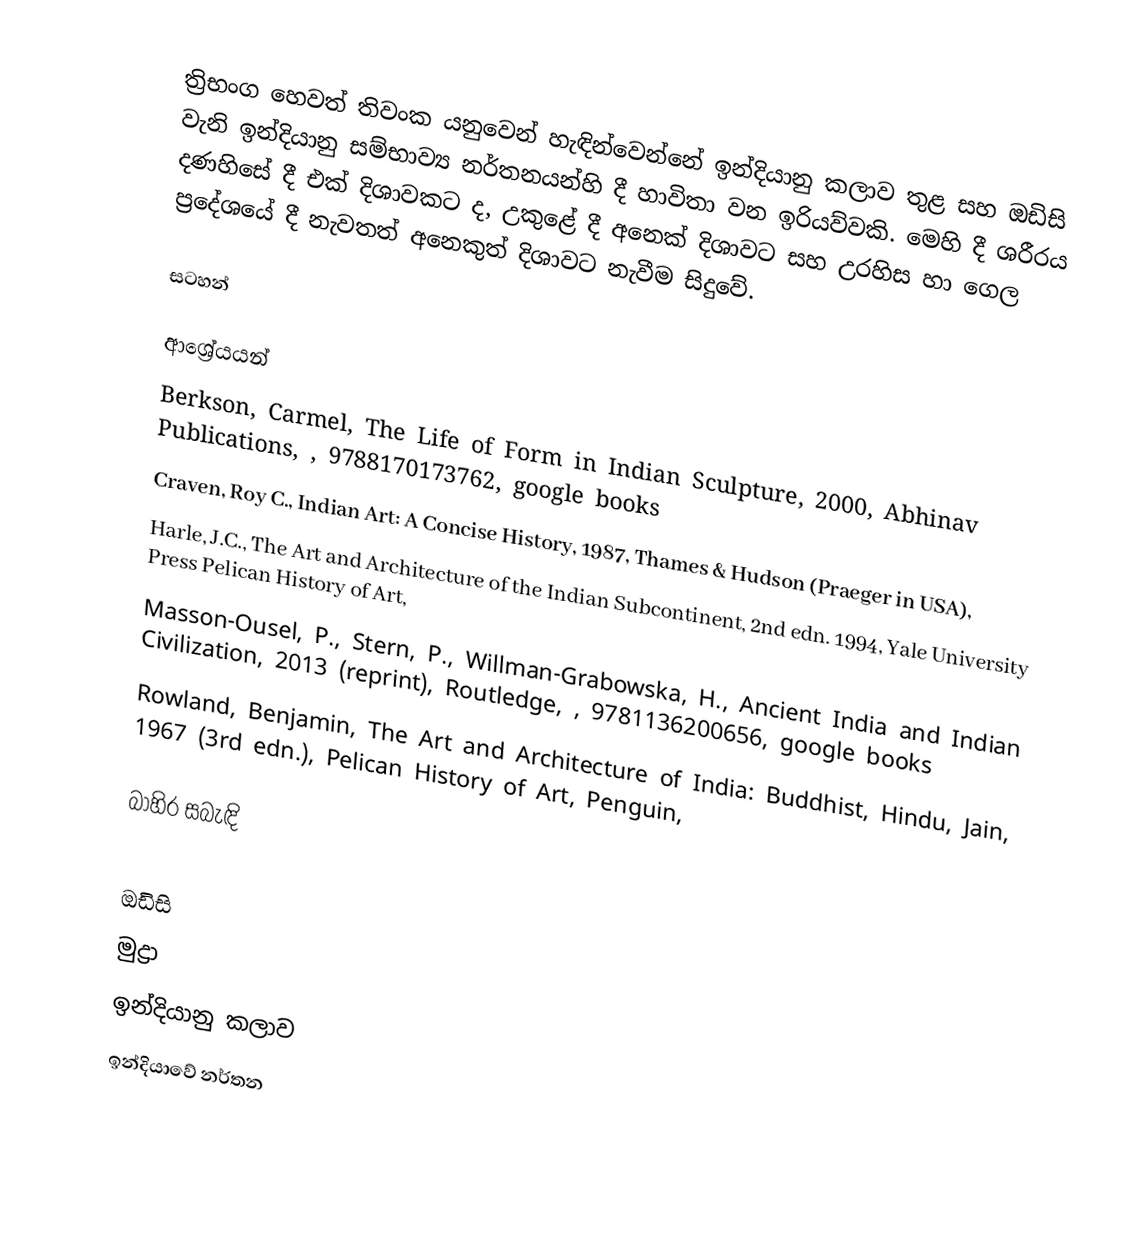
ත්‍රිභංග හෙවත් තිවංක යනුවෙන් හැඳින්වෙන්නේ ඉන්දියානු කලාව තුළ සහ ඔඩිසි වැනි ඉන්දියානු සම්භාව්‍ය නර්තනයන්හි දී හාවිතා වන ඉරියව්වකි. මෙහි දී ශරීරය දණහිසේ දී එක් දිශාවකට ද, උකුළේ දී අනෙක් දිශාවට සහ උරහිස හා ගෙල ප්‍රදේශයේ දී නැවතත් අනෙකුත් දිශාවට නැවීම සිදුවේ.

සටහන්

ආශ්‍රේයයන්
Berkson, Carmel, The Life of Form in Indian Sculpture, 2000, Abhinav Publications, , 9788170173762, google books
Craven, Roy C., Indian Art: A Concise History, 1987, Thames & Hudson (Praeger in USA),
Harle, J.C., The Art and Architecture of the Indian Subcontinent, 2nd edn. 1994, Yale University Press Pelican History of Art,
 Masson-Ousel, P., Stern, P., Willman-Grabowska, H., Ancient India and Indian Civilization, 2013 (reprint), Routledge, , 9781136200656, google books
Rowland, Benjamin, The Art and Architecture of India: Buddhist, Hindu, Jain, 1967 (3rd edn.), Pelican History of Art, Penguin,

බාහිර සබැඳි

ඔඩිසි
මුද්‍රා
ඉන්දියානු කලාව
ඉන්දියාවේ නර්තන